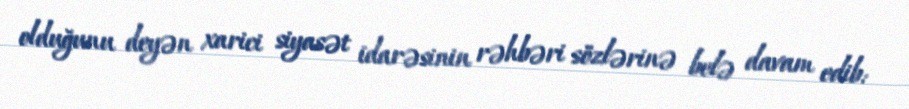
olduğunu deyən xarici siyasət idarəsinin rəhbəri sözlərinə belə davam edib: